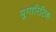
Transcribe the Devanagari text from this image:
युगारिटिक